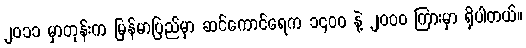
၂၀၁၁ မှာတုန်းက မြန်မာပြည်မှာ ဆင်ကောင်ရေက ၁၄၀၀ နဲ့ ၂၀၀၀ ကြားမှာ ရှိပါတယ်။